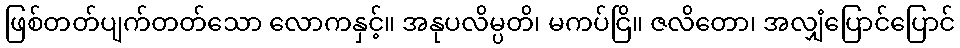
ဖြစ်တတ်ပျက်တတ်သော လောကနှင့်။ အနုပလိမ္ပတိ၊ မကပ်ငြိ။ ဇလိတော၊ အလျှံပြောင်ပြောင်